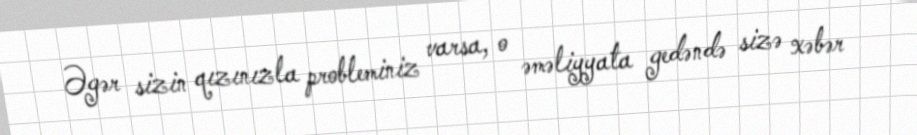
Əgər sizin qızınızla probleminiz varsa, o əməliyyata gedəndə sizə xəbər